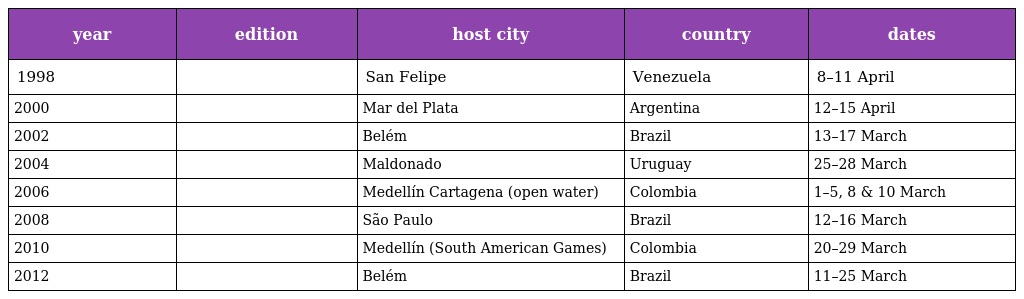
| year | edition | host city | country | dates |
 | --- | --- | --- | --- | --- |
 | 1998 |  | San Felipe | Venezuela | 8–11 April |
 | 2000 |  | Mar del Plata | Argentina | 12–15 April |
 | 2002 |  | Belém | Brazil | 13–17 March |
 | 2004 |  | Maldonado | Uruguay | 25–28 March |
 | 2006 |  | Medellín Cartagena (open water) | Colombia | 1–5, 8 & 10 March |
 | 2008 |  | São Paulo | Brazil | 12–16 March |
 | 2010 |  | Medellín (South American Games) | Colombia | 20–29 March |
 | 2012 |  | Belém | Brazil | 11–25 March |